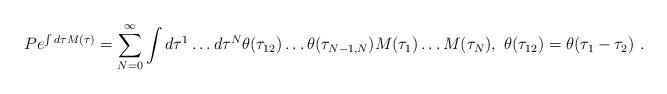
LaTeX: \begin{align*}Pe^{\int d\tau M(\tau)}=\sum_{N=0}^{\infty}\int d\tau^1\dots d\tau^N \theta (\tau_{12})\dots\theta(\tau_{N-1,N})M(\tau_1)\dots M(\tau_N) , \ \theta(\tau_{12})=\theta(\tau_1-\tau_2) \ .\end{align*}